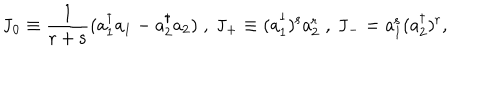
LaTeX: \mathrm { J _ { 0 } \equiv \frac { 1 } { r + s } ( a _ { 1 } ^ { \dagger } a _ { 1 } - a _ { 2 } ^ { \dagger } a _ { 2 } ) \; , \; \mathrm { J _ { + } \equiv ( a _ { 1 } ^ { \dagger } ) ^ { s } a _ { 2 } ^ { r } \; , \; \mathrm { J _ { - } = a _ { 1 } ^ { s } ( a _ { 2 } ^ { \dagger } ) ^ { r } , } } }